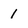
Character: 1